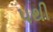
પથી